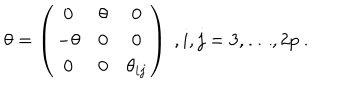
LaTeX: \theta = \left( \begin{array} { c c c } { { 0 } } & { { \theta } } & { { 0 } } \\ { { - \theta } } & { { 0 } } & { { 0 } } \\ { { 0 } } & { { 0 } } & { { \theta _ { i j } } } \\ \end{array} \right) \ , i , j = 3 , \dots , 2 p \ .